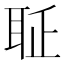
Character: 𦕖